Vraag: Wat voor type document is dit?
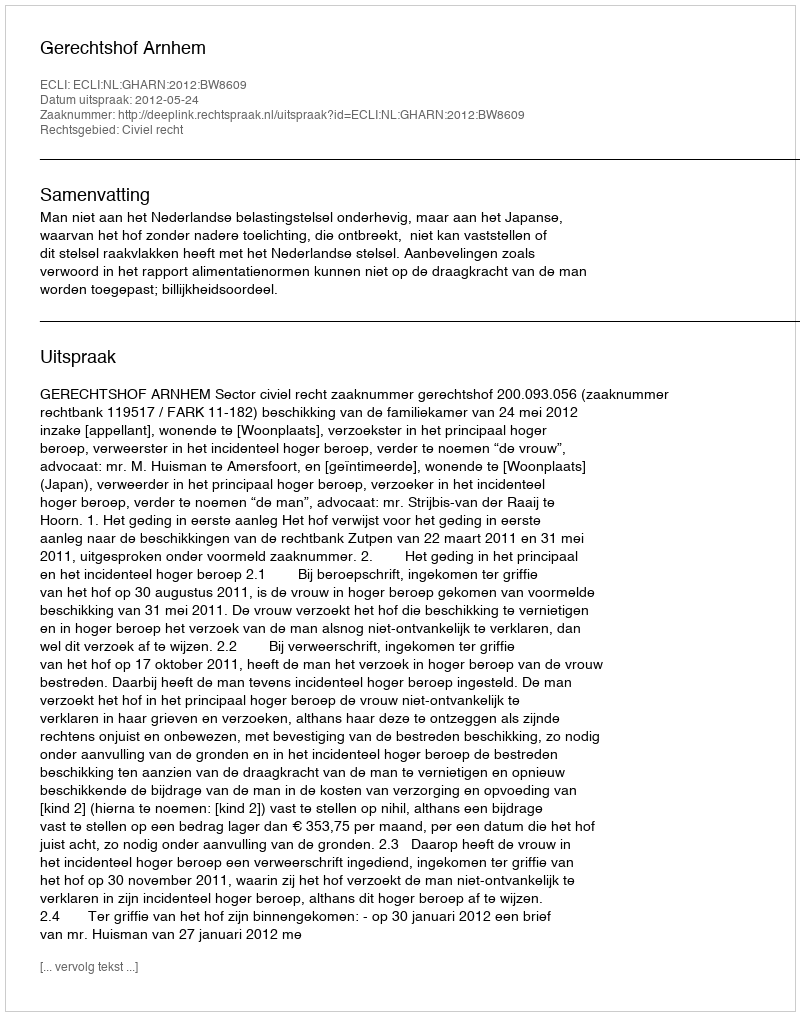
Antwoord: Uitspraak